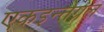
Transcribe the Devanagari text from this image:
एकइन्तेग्रल